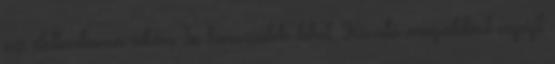
az élettartama akár 3x hosszabb lehet. Kíváló megoldást nyújt